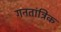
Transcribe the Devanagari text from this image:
गनतांत्रिक